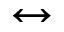
\leftrightarrow